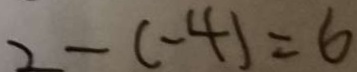
2 - ( - 4 ) = 6